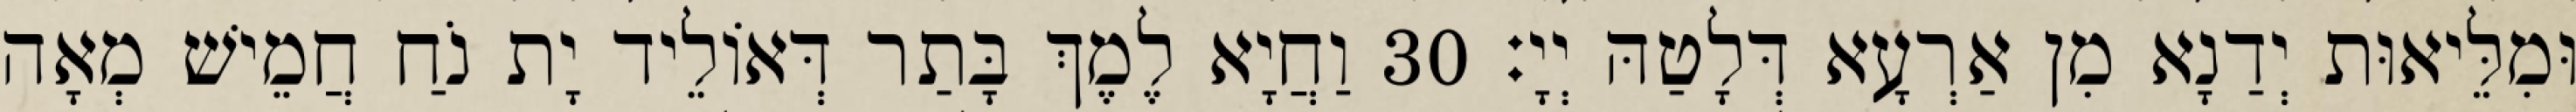
וּמִלֵּיאוּת יְדַנָא מִן אַרְעָא דְּלָטַהּ יְיָ׃ 30 וַחֲיָא לֶמֶךְ בָּתַר דְּאוֹלֵיד יָת נֹחַ חֲמֵישׁ מְאָה